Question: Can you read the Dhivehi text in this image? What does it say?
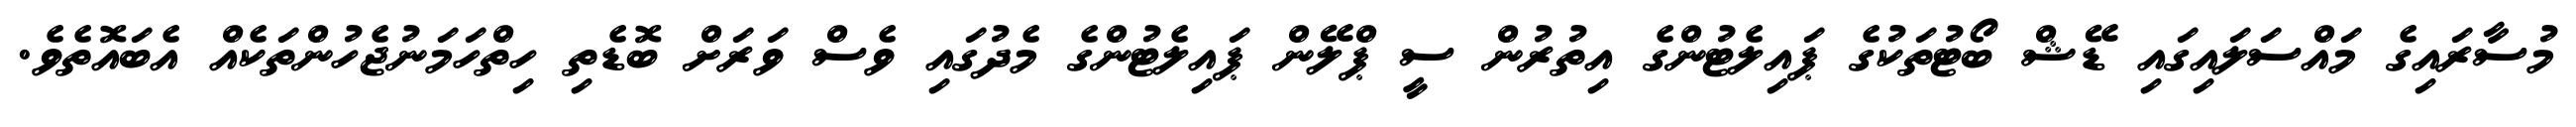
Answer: މުސާރައިގެ މައްސަލައިގައި ޑޭޝް ބޯޓުތަކުގެ ޕައިލެޓުންގެ އިތުރުން ސީ ޕްލޭން ޕައިލެޓުންގެ މެދުގައި ވެސް ވަރަށް ބޮޑެތި ހިތްހަމަނުޖެހުންތަކެއް އެބައޮތެވެ.